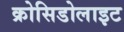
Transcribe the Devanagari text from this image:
क्रोसिडोलाइट